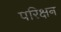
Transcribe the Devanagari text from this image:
परिक्षन